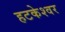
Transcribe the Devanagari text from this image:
हटकेश्वर